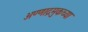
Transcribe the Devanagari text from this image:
अण्णाद्रमुकच्या